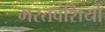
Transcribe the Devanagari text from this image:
भरतवंशियों